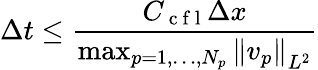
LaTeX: \Delta t\leq\frac{C_{\mathrm{~c~f~l~}}\Delta x}{\operatorname*{max}_{p=1,\ldots,N_{p}}\left\lVert v_{p}\right\rVert_{L^{2}}}